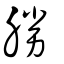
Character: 勝